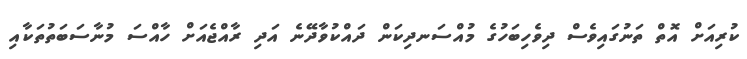
ކުރިއަށް އޮތް ތަނުގައިވެސް ދިވެހިބަހުގެ މުއްސަނދިކަން ދައްކުވާދޭނެ އަދި ރާއްޖެއަށް ހާއްސަ މުނާސަބަތުތަކާއި